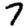
Digit: 7